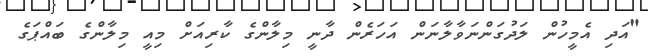
"އަދި އެމީހުން ލަދުގަންނަވާލާނަން އަހަރެން ދާނީ މިލާންގެ ކާރިއަށް މިއީ މިލާންގެ ބައްޕަގެ